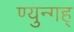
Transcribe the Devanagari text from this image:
ण्युन्गह्